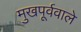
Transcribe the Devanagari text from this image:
मुखपूर्ववाले